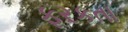
ફરકતા